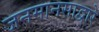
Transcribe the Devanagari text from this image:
जनमानसाद्वारे